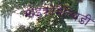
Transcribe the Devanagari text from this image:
माइक्रोमैल्थिडी